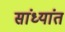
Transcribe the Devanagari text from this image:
सांध्यांत